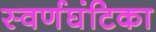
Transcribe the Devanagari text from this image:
स्वर्णघंटिका